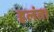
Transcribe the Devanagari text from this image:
हलंत।